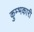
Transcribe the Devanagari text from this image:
कुम्भकारी